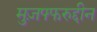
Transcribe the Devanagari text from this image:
मुज़फ्फरुद्दीन